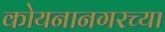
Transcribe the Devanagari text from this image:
कोयनानगरच्या